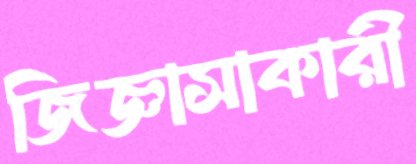
জিজ্ঞাসাকারী